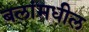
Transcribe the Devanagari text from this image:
बलांमधील